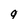
Character: 9